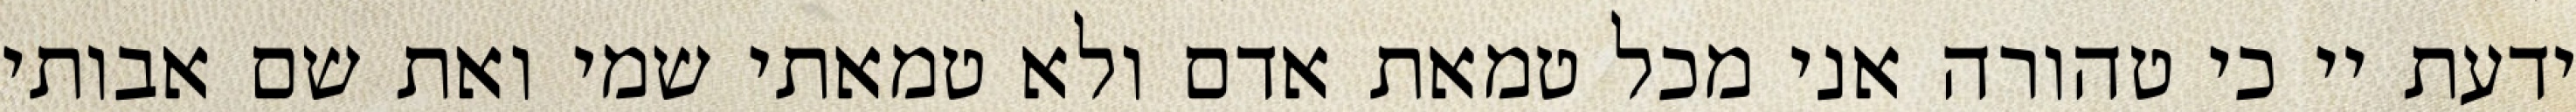
ידעת יי כי טהורה אני מכל טמאת אדם ולא טמאתי שמי ואת שם אבותי